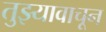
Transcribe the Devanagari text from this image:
तुझ्यावाचून